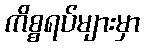
ကိစ္စရပ်များမှာ